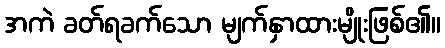
အကဲ ခတ်ရခက်သော မျက်နှာထားမျိုးဖြစ်၏။